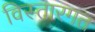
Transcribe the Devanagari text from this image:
विस्तारगत